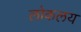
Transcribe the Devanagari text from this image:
लोकलय